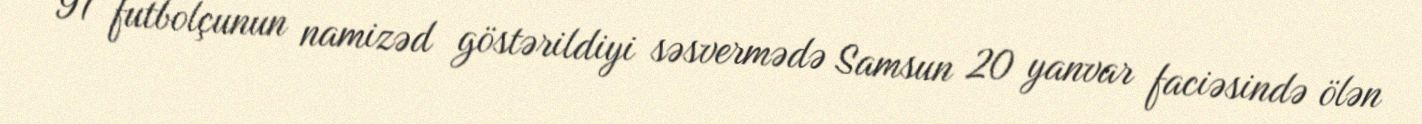
91 futbolçunun namizəd göstərildiyi səsvermədə Samsun 20 yanvar faciəsində ölən